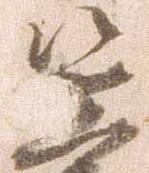
笠